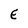
Character: E